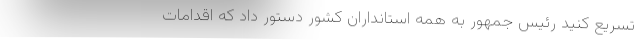
تسریع کنید رئیس جمهور به همه استانداران کشور دستور داد که اقدامات